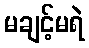
မချင့်မရဲ